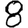
Digit: 8